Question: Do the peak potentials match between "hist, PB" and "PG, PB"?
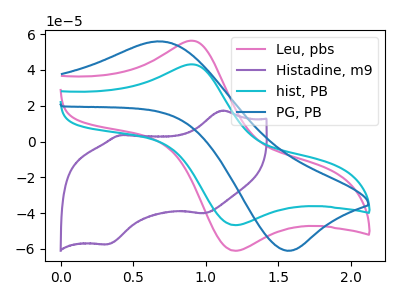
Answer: <think>The pink curve "Leu, pbs" has an anodic peak at (0.90V, 56.25uA) and a cathodic peak at (1.20V, -61.05uA). The purple curve "Histadine, m9" has anodic peaks at (1.10V, 17.30uA) (0.40V, 3.55uA) and cathodic peaks at (1.00V, -40.10uA) (0.30V, -57.45uA). The cyan curve "hist, PB" has an anodic peak at (0.90V, 43.05uA) and a cathodic peak at (1.20V, -46.75uA). The blue curve "PG, PB" has an anodic peak at (0.70V, 55.90uA) and a cathodic peak at (1.60V, -61.00uA).</think>
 <answer>No, "hist, PB" and "PG, PB" have at least one peak that does not match.</answer>
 <eval>mismatch</eval>